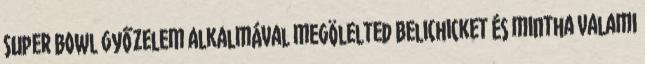
Super Bowl győzelem alkalmával megölelted Belichicket és mintha valami